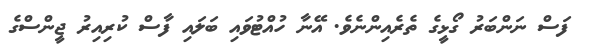
ފަސް ނަންބަރު ގޯޅީގެ ތެރެއިންނެވެ. އޭނާ ހުއްޓުވައި ބަލައި ފާސް ކުރިއިރު ޖީންސްގެ